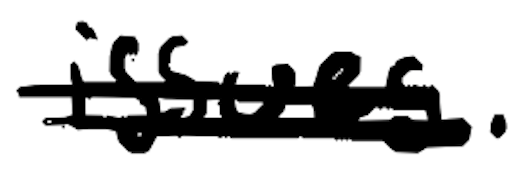
Text: issues.
Cross-out: double-line
Writing tool: digital_black